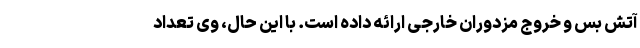
آتش بس و خروج مزدوران خارجی ارائه داده است. با این حال، وی تعداد